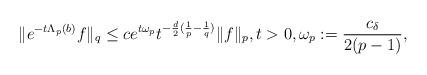
LaTeX: \begin{align*}\|e^{-t\Lambda_p(b)}f\|_{q} \leq ce^{t\omega_p}t^{-\frac{d}{2}(\frac{1}{p}-\frac{1}{q})}\|f\|_p, t>0, \omega_p:=\frac{c_\delta}{2(p-1)},\end{align*}